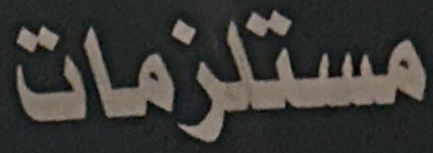
مستلزمات